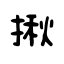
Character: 揪